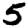
Digit: 5